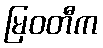
မြဝတီက